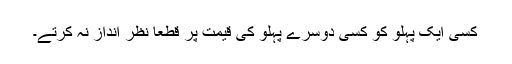
کسی ایک پہلو کو کسی دوسرے پہلو کی قیمت پر قطعا نظر انداز نہ کرتے۔